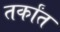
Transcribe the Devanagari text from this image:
तर्कांत